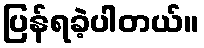
ပြန်ရခဲ့ပါတယ်။